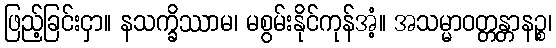
ဖြည့်ခြင်းငှာ။ နသက္ခိဿာမ၊ မစွမ်းနိုင်ကုန်အံ့။ အသမ္မာဝတ္တန္တာနဉ္စ၊